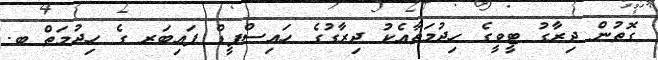
ގޮތުން ދިރާގު ޓީވީގެ ހިދުމަތާއެކު ދިރާގުގެ ހައިސްޕީޑް ފައިބަރ ގެ ހިދުމަތް ބ.